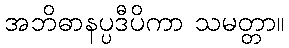
အဘိဓာနပ္ပဒီပိကာ သမတ္တာ။